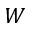
W